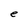
Character: e